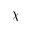
\chi